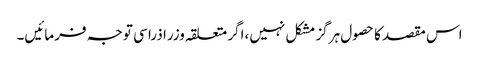
اس مقصد کا حصول ہرگز مشکل نہیں،اگر متعلقہ وزرا ذرا سی توجہ فرمائیں۔